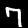
Label: 7